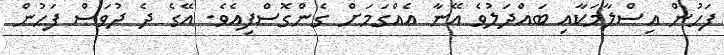
ފަހުން އިސްލާމަކާއި ބައްދަލުވެ އޭނާ އެއްގަމަށް ގެންގޮސްފިއެވެ. އޭގެ ދެ ދުވަސް ފަހުން